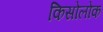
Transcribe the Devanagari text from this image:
किसोलोक